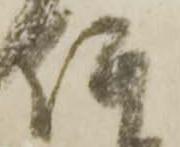
何